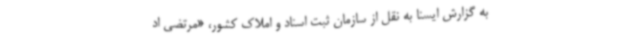
به گزارش ایسنا به نقل از سازمان ثبت اسناد و املاک کشور، «مرتضی اد